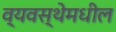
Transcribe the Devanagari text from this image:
व्यवस्थेमधील